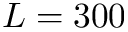
L = 3 0 0